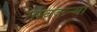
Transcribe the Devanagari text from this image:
गावकऱ्यां